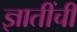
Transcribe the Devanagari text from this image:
ज्ञातींचीं